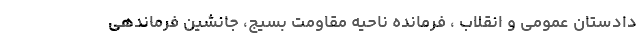
دادستان عمومی و انقلاب ، فرمانده ناحیه مقاومت بسیج، جانشین فرماندهی